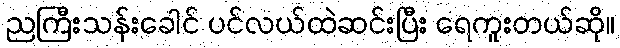
ညကြီးသန်းခေါင် ပင်လယ်ထဲဆင်းပြီး ရေကူးတယ်ဆို။